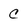
Character: C